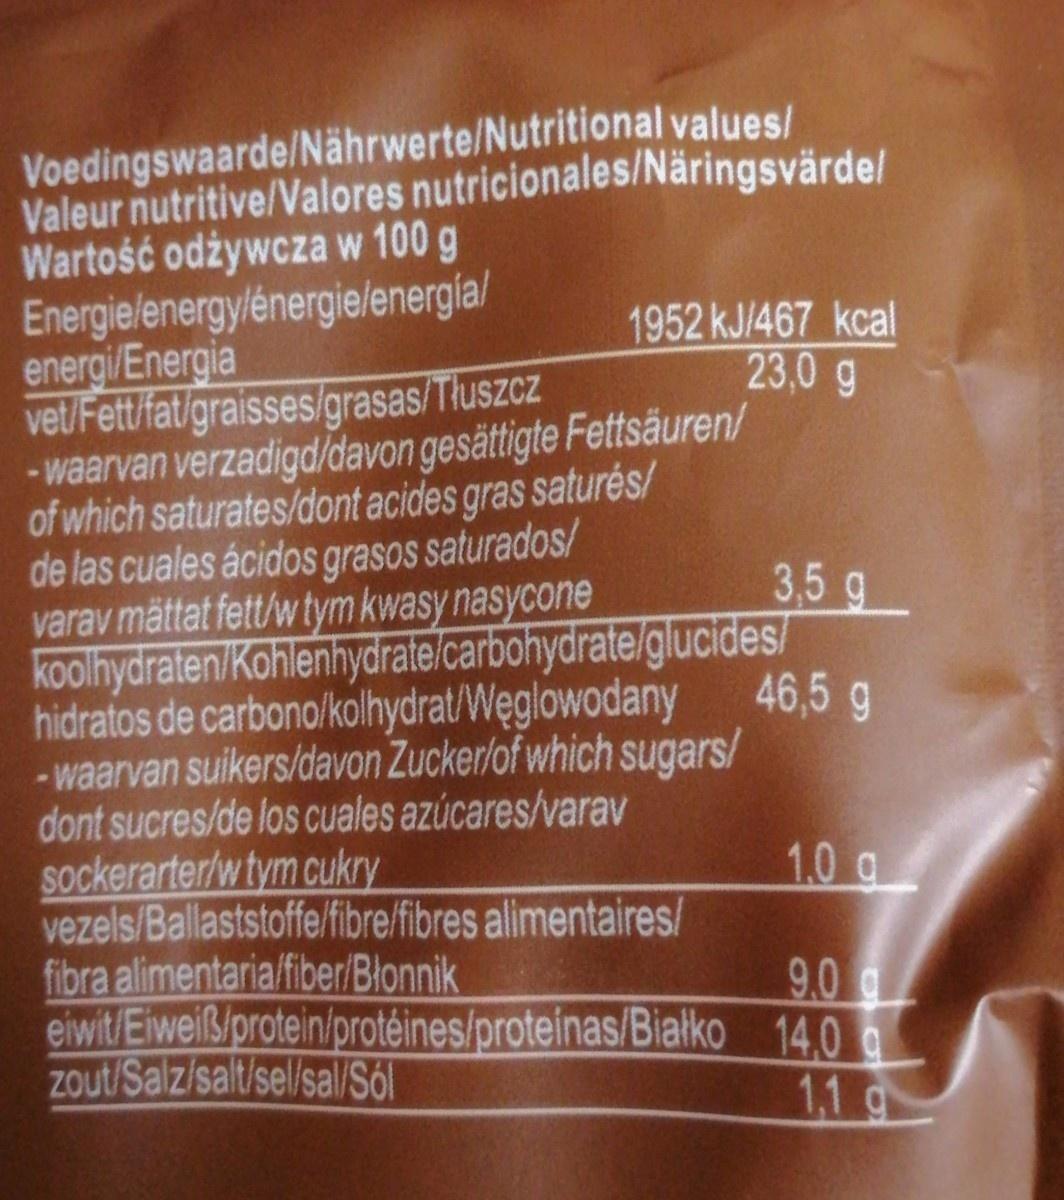
Voedingswaarde/Nährwerte/Nutritional values/ Valeur nutritive/Valores nutricionales/Näringsvärde/ Wartość odżywcza w 100 g Energielenergylénergielenergla/ energi/Energia vet/Fett/fat/graisses/grasas/Tłuszcz - waarvan verzadigd/davon gesättigte Fettsäuren/ of which saturates/dont acides gras saturés/ de las cuales ácidos grasos saturados/ varav mättat fett/w tym kwasy nasycone koolhydraten/Kohlenhydratelcarbohydrate/glucides/ hidratos de carbono/kolhydrat/Węglowodany -waarvan suikers/davon Zucker/of which sugars/ dont sucres/de los cuales azúcares/varav sockerarter/w tym cukry vezels/Ballaststoffe/fibre/fibres alimentaires/ fibra alimentaria/fiber/Blonnik eiwit/Eiweiß/protein/protéines/proteinas/Bialko 14.0 a zout/Salz/salt/sel/sal/Sól
1952 kJ/467 kcal 23,0 g
3,5g
46,5 g
1.0 a
9.0 g
1,1 a